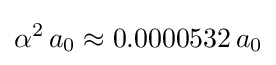
\alpha ^{2}\,a_{0}\approx 0.0000532\,a_{0}